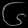
Digit: ၆